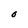
Character: O